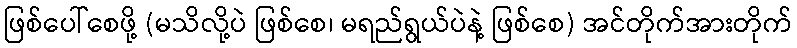
ဖြစ်ပေါ်စေဖို့ (မသိလို့ပဲ ဖြစ်စေ၊ မရည်ရွယ်ပဲနဲ့ ဖြစ်စေ) အင်တိုက်အားတိုက်